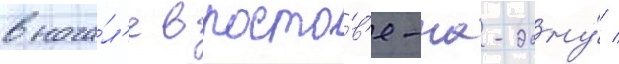
внача́л'е в росто́в'е-на-дону́ /